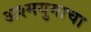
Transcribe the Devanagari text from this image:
अश्मयुगाचा